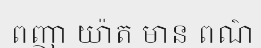
ពញា យ៉ាត មាន ពណ៌